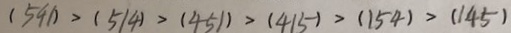
( 5 4 1 ) > ( 5 1 4 ) > ( 4 5 1 ) > ( 4 1 5 ) > ( 1 5 4 ) > ( 1 4 5 )